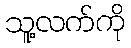
သူ့လက်ကို